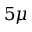
5 \mu